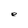
Character: e